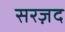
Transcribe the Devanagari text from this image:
सरज़द